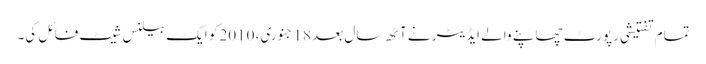
تمام تفتیشی رپورٹ چھاپنے والے ایڈیٹر نے آٹھ سال بعد 18 جنوری، 2010 کو ایک بیلنس شیٹ فائل کی۔